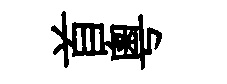
首粵